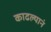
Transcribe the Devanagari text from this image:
काढल्यानं